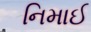
નિમાઈ